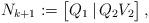
LaTeX: \begin{align*} N_{k+1} := \begin{bmatrix} Q_1 \,|\, Q_2 V_2 \end{bmatrix},\end{align*}